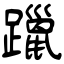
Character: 躐